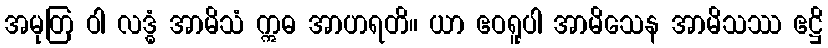
အမုတြ ဝါ လဒ္ဓံ အာမိသံ ဣဓ အာဟရတိ။ ယာ ဧဝရူပါ အာမိသေန အာမိသဿ ဧဋ္ဌိ